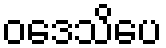
ဝဒေသိပေ